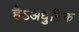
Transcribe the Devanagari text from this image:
हैऽअधुनिक